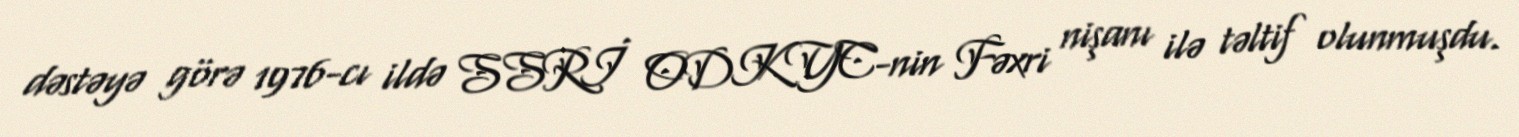
dəstəyə görə 1976-cı ildə SSRİ ODKYC-nin Fəxri nişanı ilə təltif olunmuşdu.